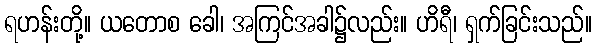
ရဟန်းတို့။ ယတောစ ခေါ၊ အကြင်အခါ၌လည်း။ ဟိရီ၊ ရှက်ခြင်းသည်။